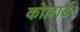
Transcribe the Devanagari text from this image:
कोल्लार्ड